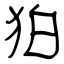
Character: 狛